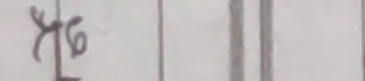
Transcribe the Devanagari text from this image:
६